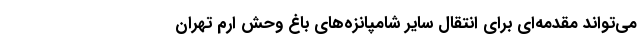
می‌تواند مقدمه‌ای برای انتقال سایر شامپانزه‌های باغ وحش ارم تهران